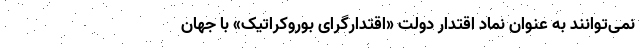
نمی‌توانند به عنوان نماد اقتدار دولت «اقتدارگرای بوروکراتیک» با جهان